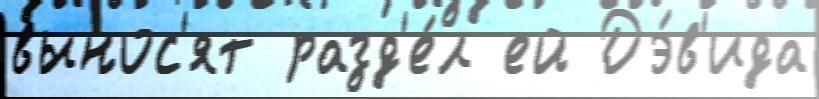
вынос'ят разд'е́л ей Дэ́в'ида